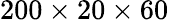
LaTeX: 200\times 20\times 60